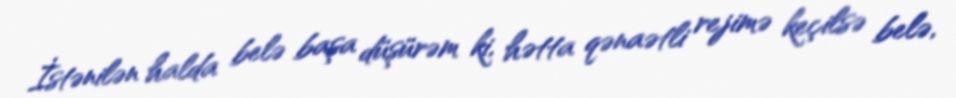
İstənilən halda belə başa düşürəm ki, hətta qənaətli rejimə keçilsə belə,